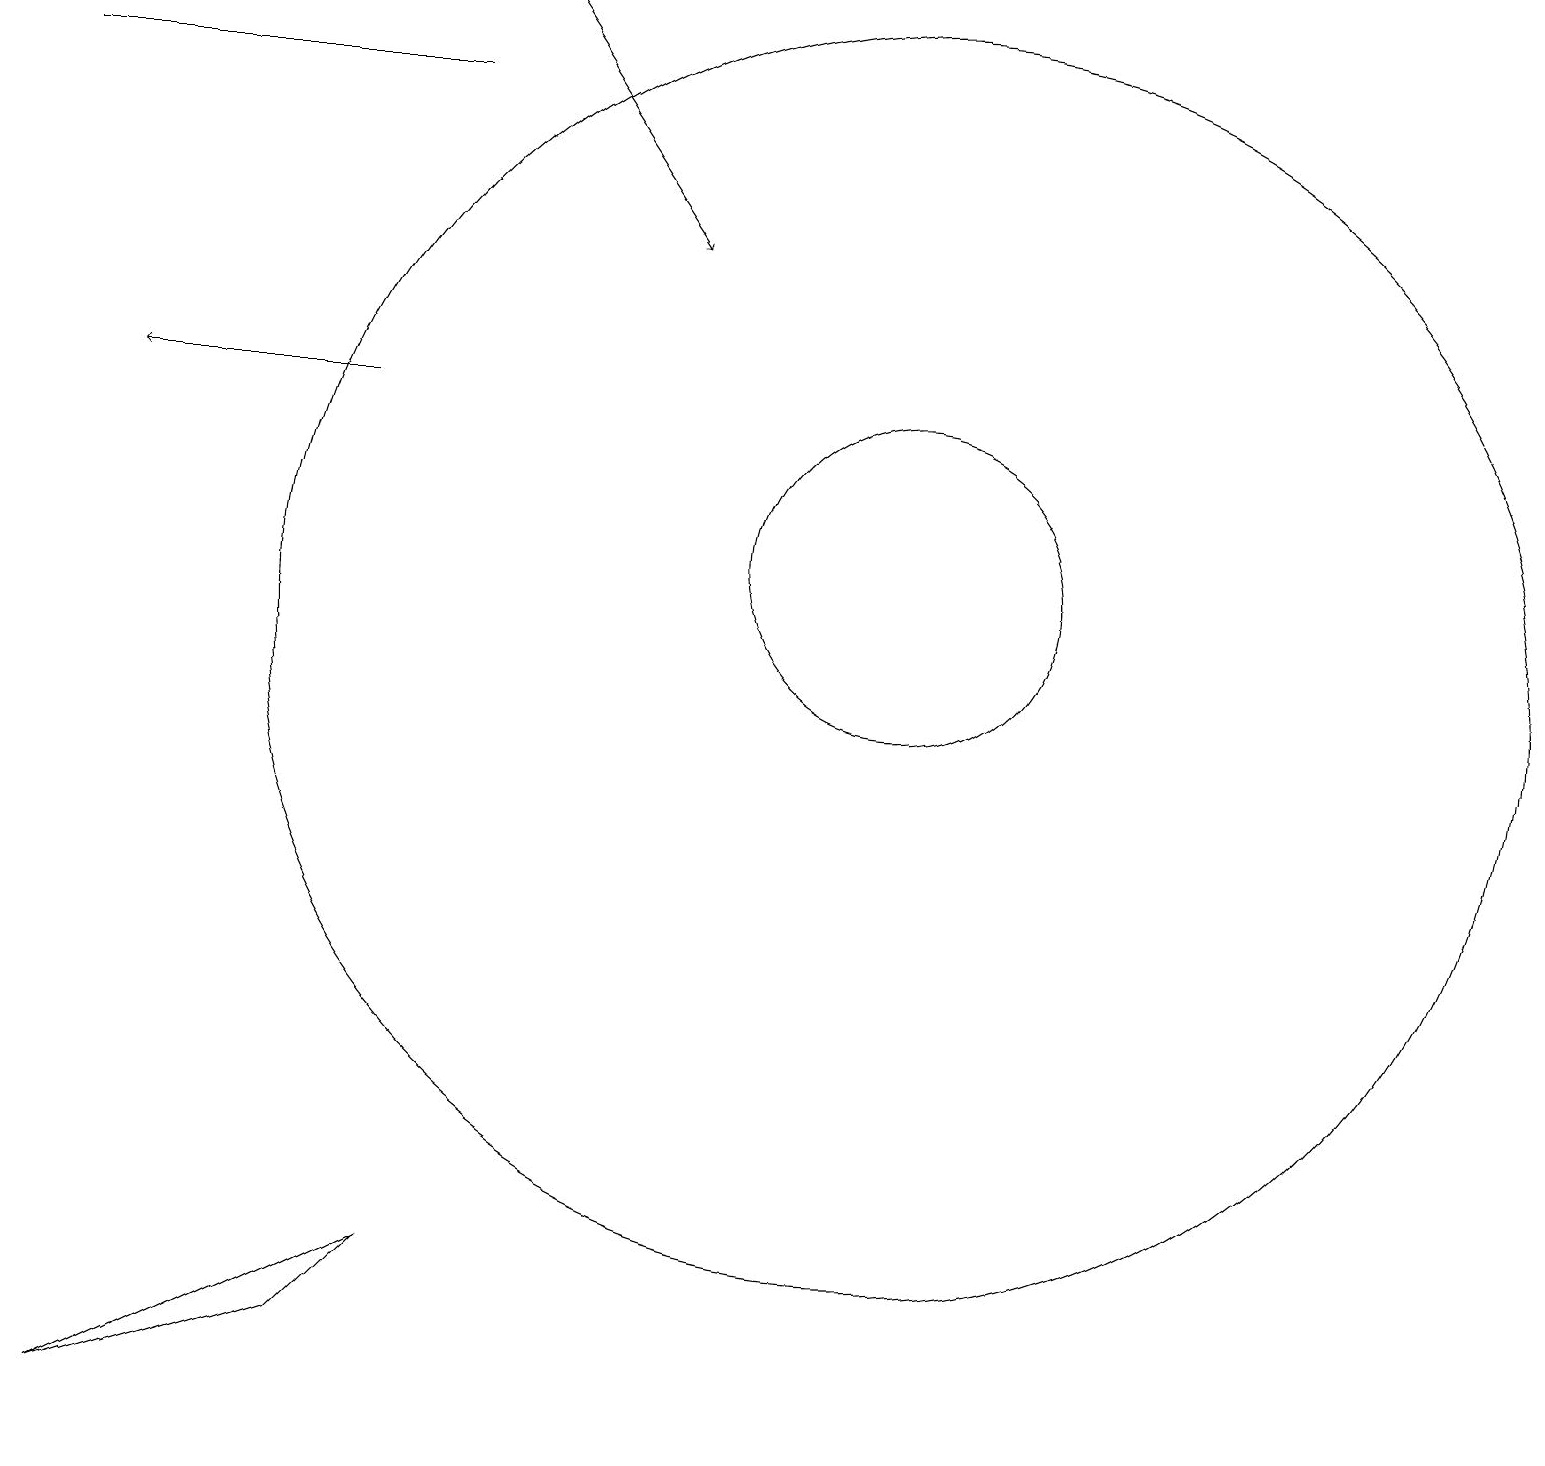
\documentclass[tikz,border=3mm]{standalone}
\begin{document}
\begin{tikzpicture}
\draw[->] (6,18) -- (8,15);
\draw (11,10) circle (8);
\draw[->] (4,13) -- (1,13);
\draw (5,17) rectangle (0,17);
\draw (11,11) circle (2);
\draw (1,0) -- (4,1) -- (5,2) -- cycle;
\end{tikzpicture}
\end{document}